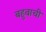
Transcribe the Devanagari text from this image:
बहुवाची